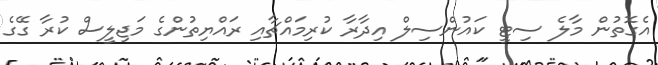
އެގޮތުން މާލެ ސިޓީ ކައުންސިލް އިދާރާ ކުރިމައްޗާއި ރައްޔިތުންގެ މަޖިލީސް ކުރާ ގޭގެ